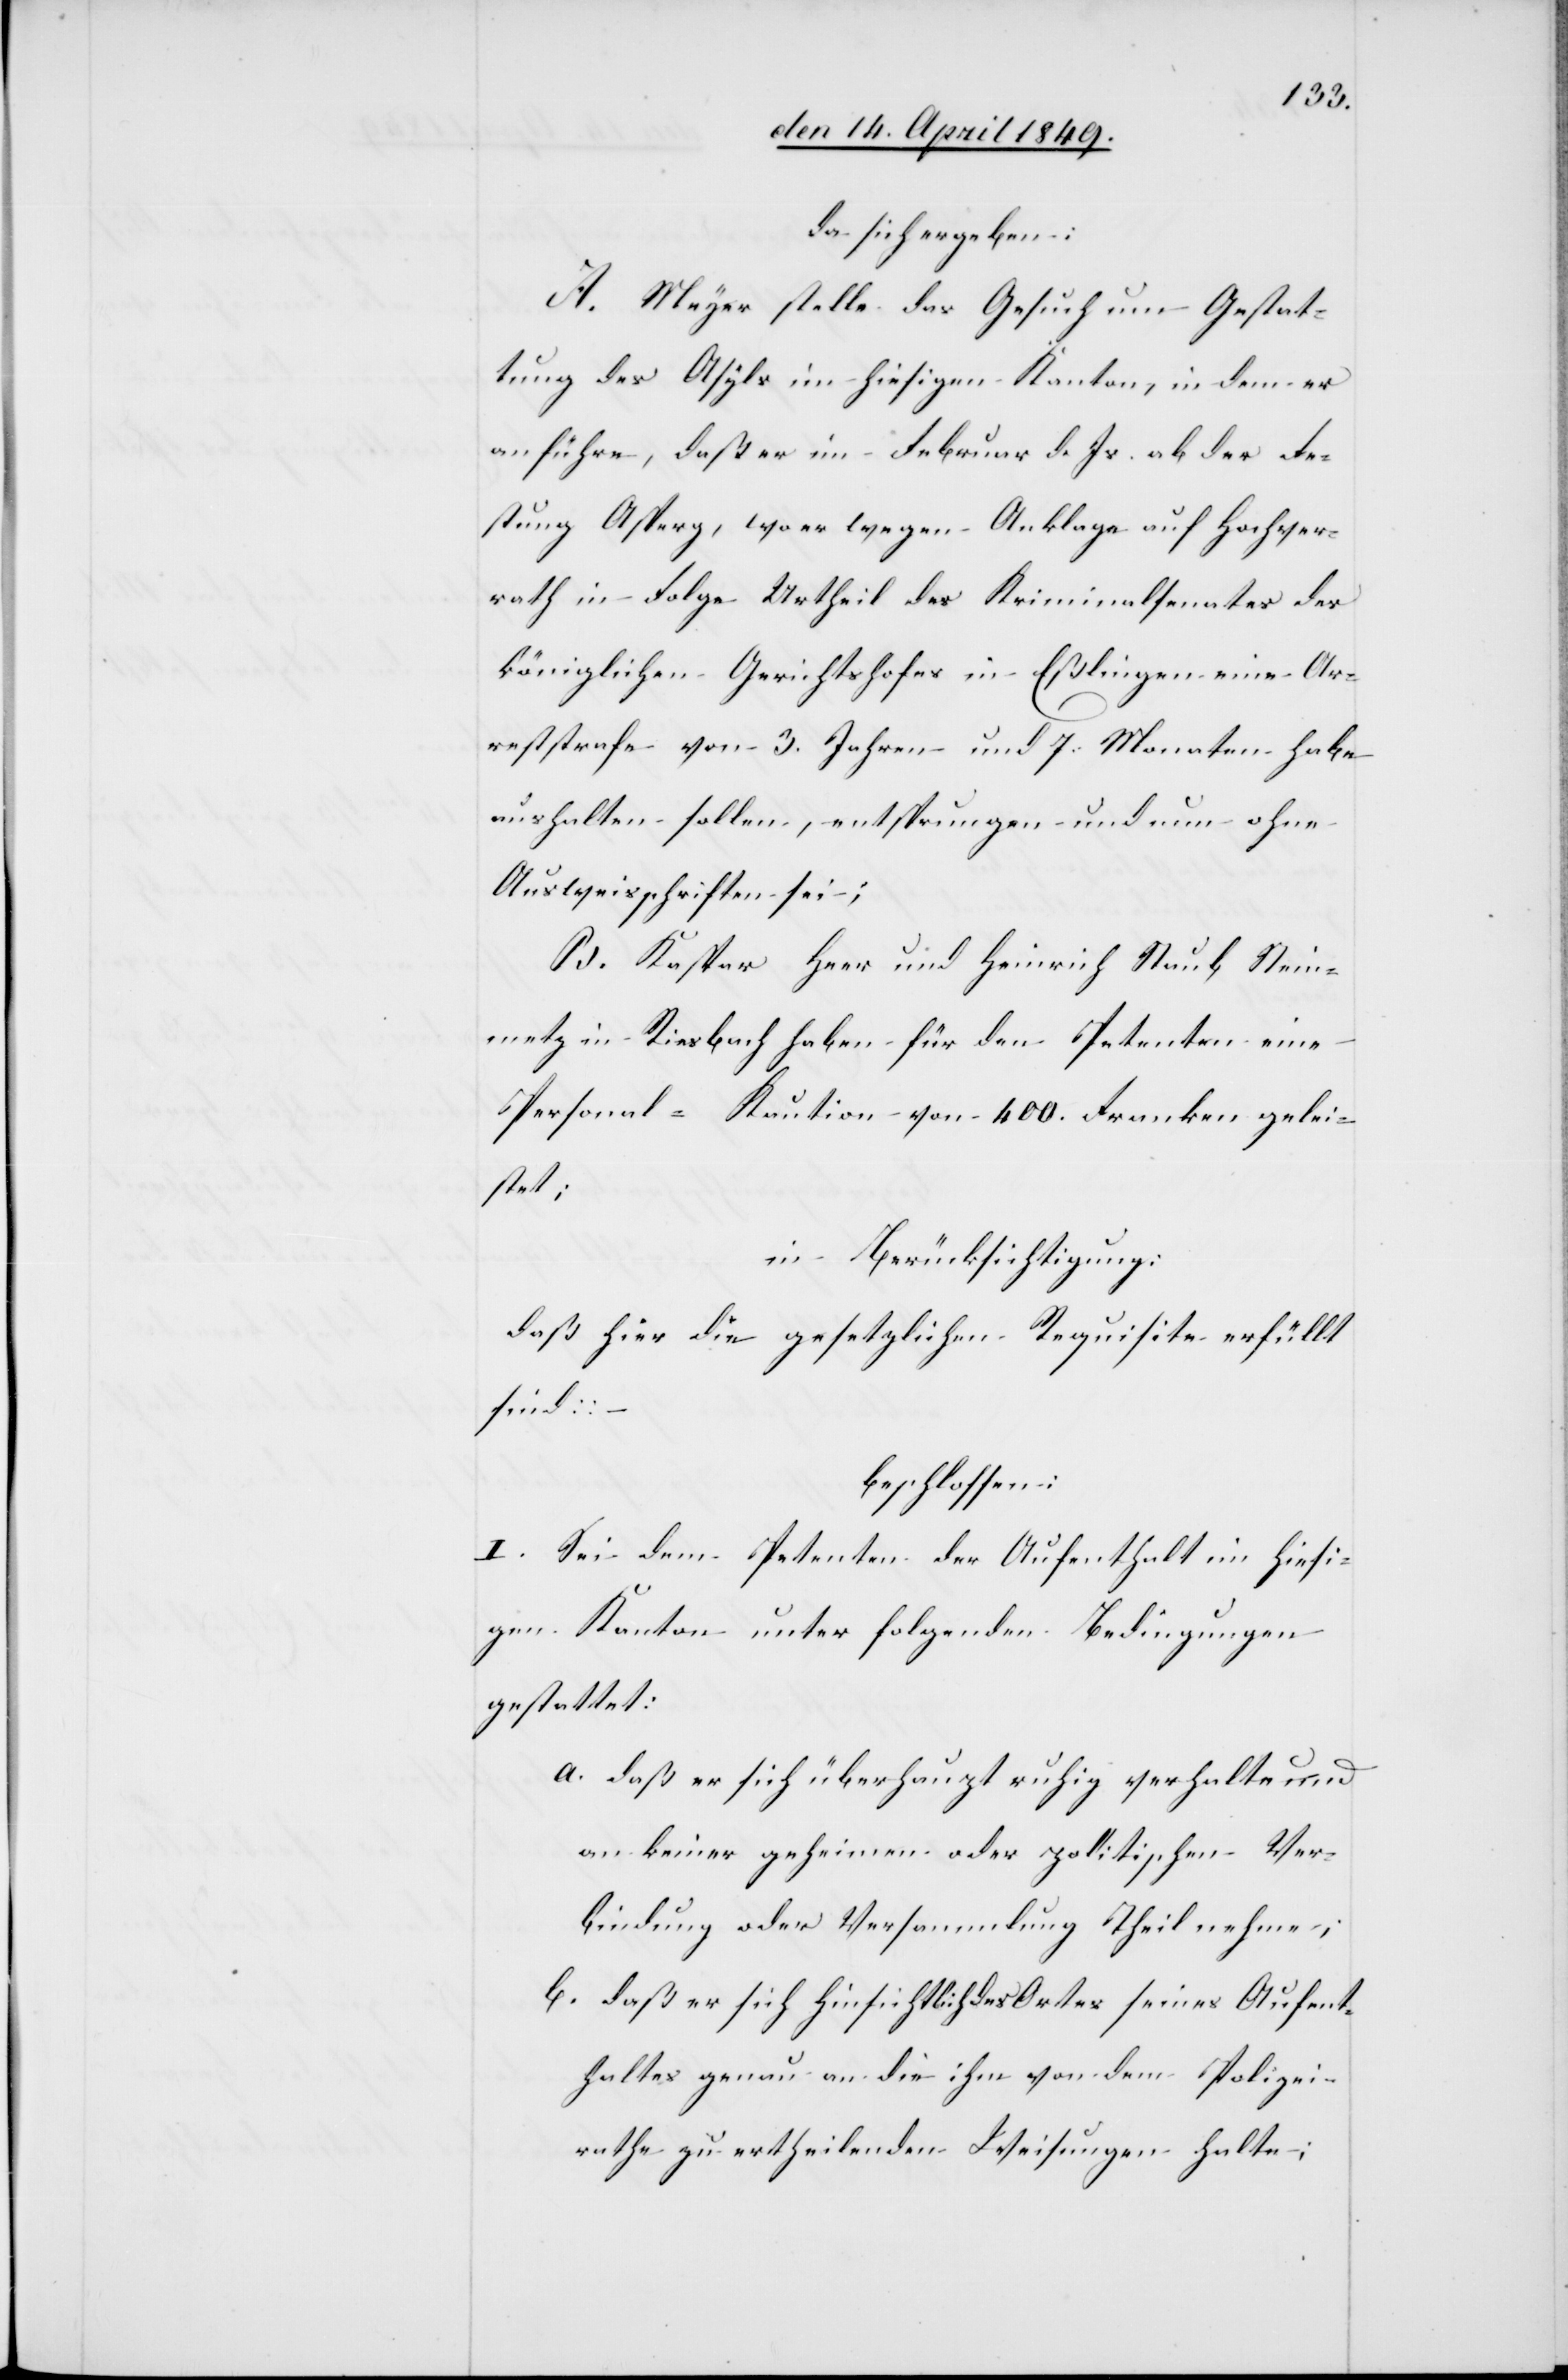
da sich ergeben:
A. Meyer stelle das Gesuch um Gestat¬
tung des Asyls im hiesigen Kanton, in dem er
anführe, daß er im Februar d. Js. ab der Fe¬
stung Asperg, wo er wegen Anklage auf Hochver¬
rath in Folge Urtheil des Kriminalsenates des
königlichen Gerichtshofes in Eßlingen eine Ar¬
reststrafe von 3. Jahren und 7. Monaten habe
aushalten sollen, entsprungen und nun ohne
Ausweisschriften sei;
B. Kaspar Heer und Heinrich Staub, Stein¬
metz in Riesbach haben für den Petenten eine
Personal-Kaution von 400. Franken gelei¬
stet;
in Berücksichtigung:
daß hier die gesetzlichen Requisite erfüllt
sind: –
beschlossen:
I. Sei dem Petenten der Aufenthalt im hiesi¬
gen Kanton unter folgenden Bedingungen
gestattet:
a. daß er sich überhaupt ruhig verhalte und
an keiner geheimen oder politischen Ver¬
bindung oder Versammlung Theil nehme;
b. daß er sich hinsichtlich des Ortes seines Aufent¬
haltes genau an die ihm von dem Polizei¬
rathe zu ertheilenden Weisungen halte;